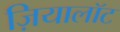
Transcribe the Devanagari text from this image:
ज़ियालॉट